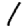
Digit: 1